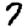
Digit: 7